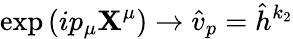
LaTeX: \exp\left(ip_{\mu}\mathbf{X}^{\mu}\right)\rightarrow\hat{{v}}_{p}=\hat{{h}}^{k_{2}}